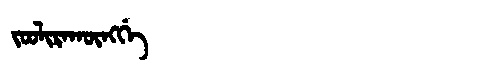
Manchu: ᠵᠣᠣᠯᡳᡵᠠᡴᡡᠩᡤᡝ
Romanization: JOOLIRAKŪNGGE